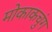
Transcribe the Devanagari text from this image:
मोकाकचुंग